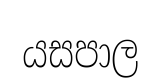
යසපාල